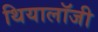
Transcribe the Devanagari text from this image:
थियालॉजी